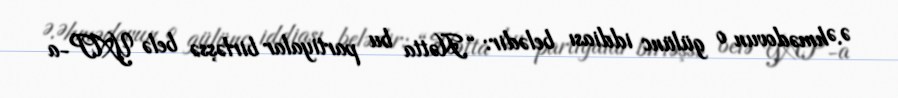
Ə.Əhmədovun o gülünc iddiası belədir: “Hətta bu partiyalar birləşsə belə YAP-a